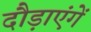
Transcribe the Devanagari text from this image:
दौड़ाएंगें